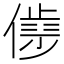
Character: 𰂮